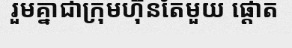
រួមគ្នាជាក្រុមហ៊ុនតែមួយ ផ្តោត